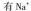
有Na^{+}